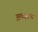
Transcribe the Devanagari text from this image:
झळझळ